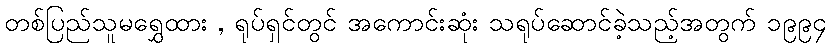
တစ်ပြည်သူမရွှေထား , ရုပ်ရှင်တွင် အကောင်းဆုံး သရုပ်ဆောင်ခဲ့သည့်အတွက် ၁၉၉၄